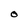
Character: O